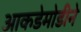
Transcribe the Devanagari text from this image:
आकडेमोडीने